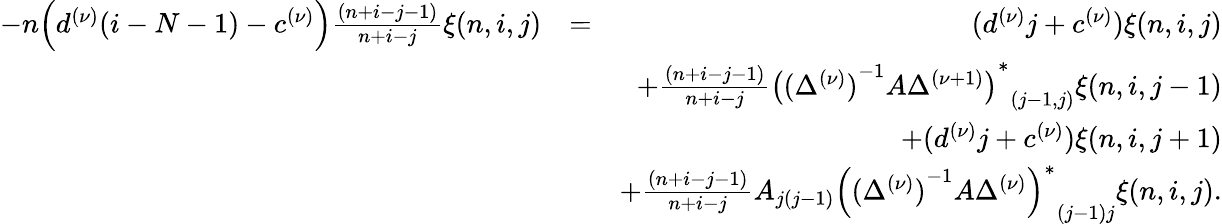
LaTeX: \begin{array}{rlr}{-n\Big(d^{(\nu)}(i-N-1)-c^{(\nu)}\Big)\frac{(n+i-j-1)}{n+i-j}\xi(n,i,j)}&{=}&{(d^{(\nu)}j+c^{(\nu)})\xi(n,i,j)}\\ &{}&{+\frac{(n+i-j-1)}{n+i-j}{{\big({(\Delta^{(\nu)})}^{-1}A\Delta^{(\nu+1)}\big)}^{\ast}}_{(j-1,j)}\xi(n,i,j-1)}\\ &{}&{+(d^{(\nu)}j+c^{(\nu)})\xi(n,i,j+1)}\\ &{}&{+\frac{(n+i-j-1)}{n+i-j}A_{j(j-1)}{{\Big({(\Delta^{(\nu)})}^{-1}A\Delta^{(\nu)}\Big)}^{\ast}}_{(j-1)j}\xi(n,i,j).}\end{array}